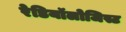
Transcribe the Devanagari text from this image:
रेडियॉलोजिस्ट